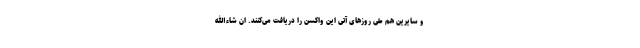
و سایرین هم طی روزهای آتی این واکسن را دریافت می‌کنند. ان شاءالله